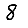
Digit: 8